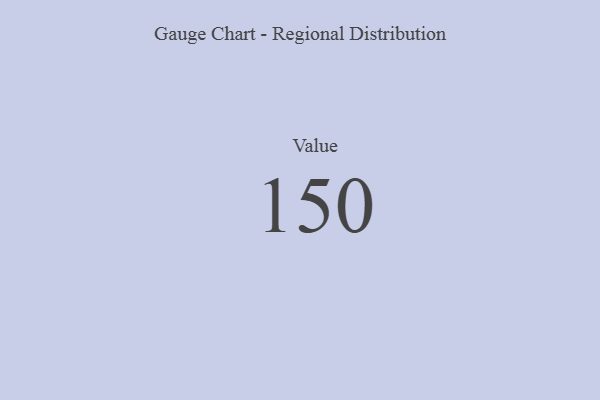
{"axis": {"x": "Metric", "y": "Value"}, "legend": [""], "data": [{"x": "Value", "y": 150, "type": ""}]}